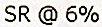
SR @ 6%